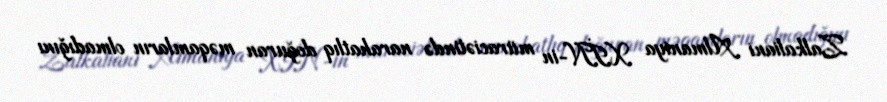
Zalkaliani Almaniya XİN-in müraciətində narahatlıq doğuran məqamların olmadığını